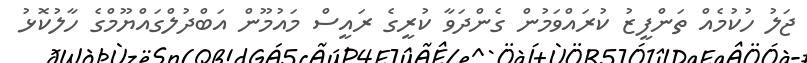
ޖަލު ހުކުމެއް ތަންފީޒު ކުރައްވަމުން ގެންދަވާ ކުރީގެ ރައީސް މައުމޫން އަބްދުލްގައްޔޫމްގެ ހާލުކޮޅު